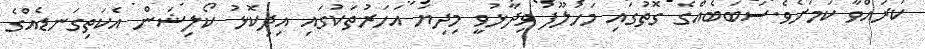
ކުރައްވާ ކަމަށެވެ.ސަބަބެއްގެ ގޮތުގައި މަހުލޫފު ވިދާޅުވީ މިދިޔަ އަހަރުތަކުގައި އިދިކޮޅު ކޯލިޝަން އެކަތިގަނޑެއްގެ